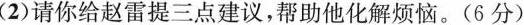
(2)请你给赵雷提三点建议，帮助他化解烦恼。(6分)